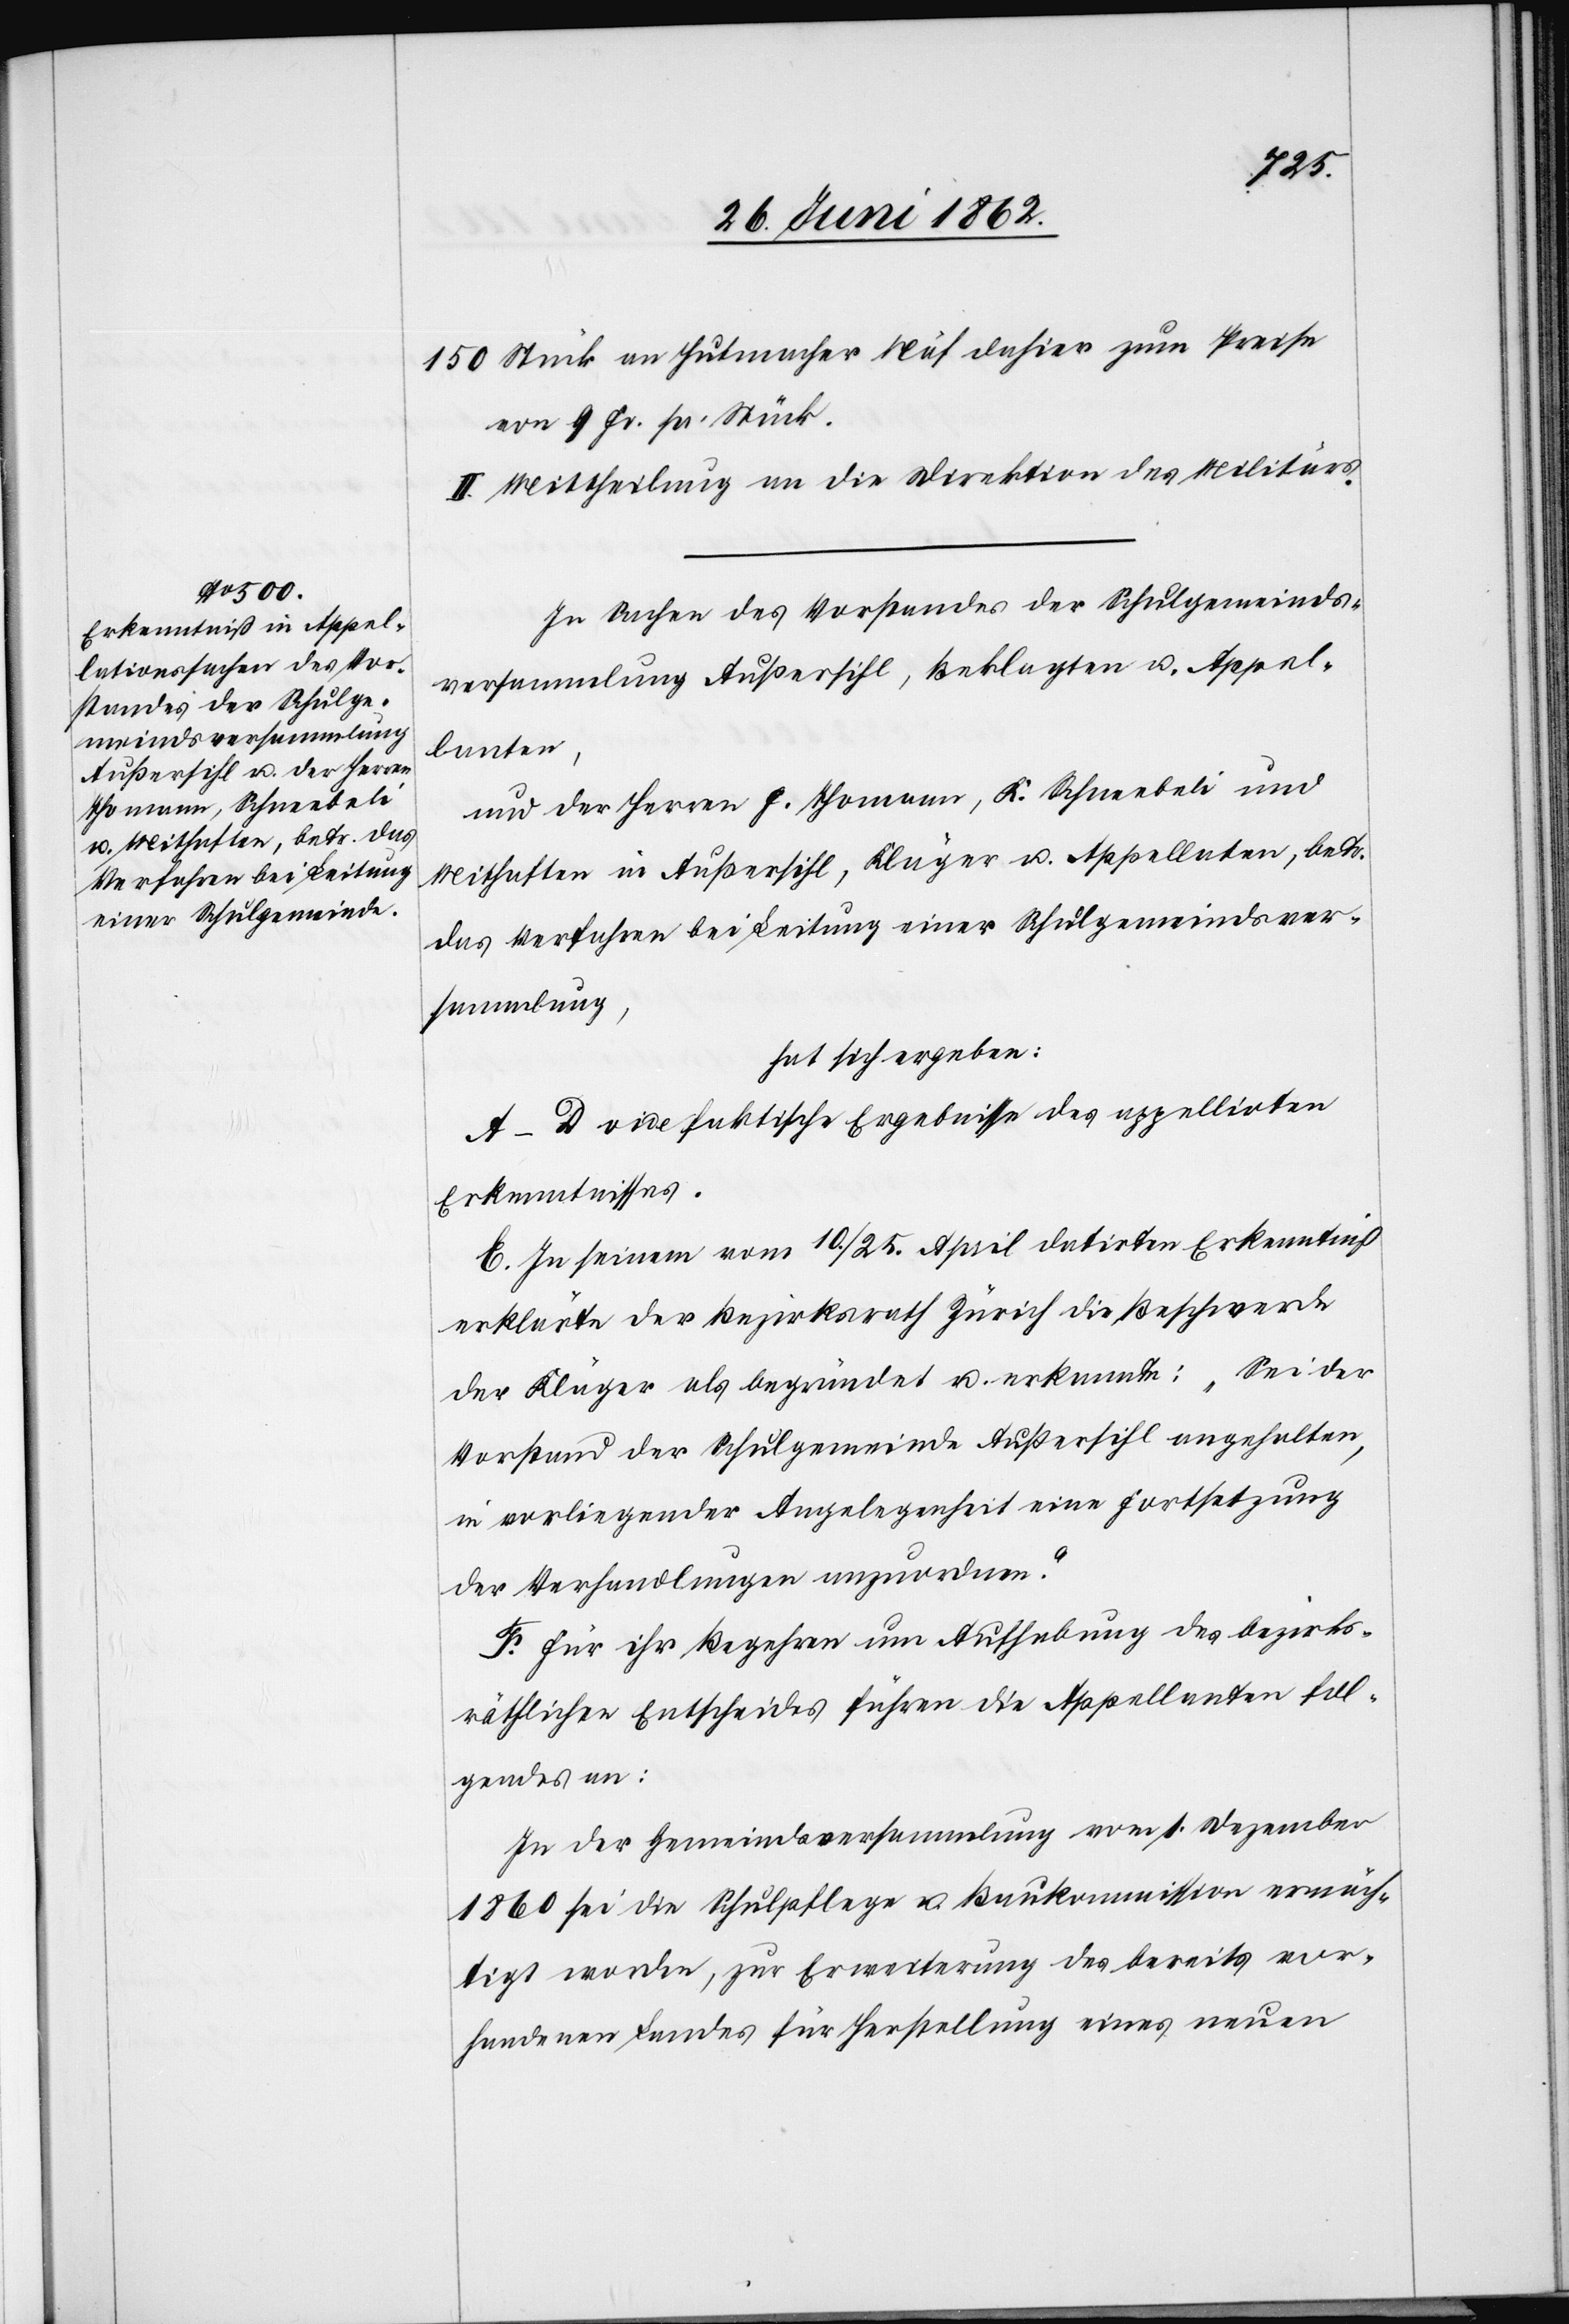
150 Stück an Hutmacher Näf dahier zum Preise
von 9 Fr. pr. Stück.
II. Mittheilung an die Direktion des Militärs.
In Sachen des Vorstandes der Schulgemeinds¬
versammlung Außersihl, Beklagten u. Appel¬
lanten,
und der Herren F. Thomann, K. Schneebeli und
Mithaften in Außersihl, Kläger u. Appellaten, betr.
das Verfahren bei Leitung einer Schulgemeindsver¬
sammlung,
hat sich ergeben:
A–D vide faktische Ergebnisse des appellirten
Erkenntnisses.
E. In seinem vom 10./25. April datirten Erkenntniß
erklärte der Bezirksrath Zürich die Beschwerde
der Kläger als begründet u. erkannte: „Sei der
Vorstand der Schulgemeinde Außersihl angehalten,
in vorliegender Angelegenheit eine Fortsetzung
der Verhandlungen anzuordnen.“
F. Für ihr Begehren um Aufhebung des bezirks¬
räthlichen Entscheides führen die Appellanten fol¬
gendes an:
In der Gemeindsversammlung vom 1. Dezember
1860 sei die Schulpflege u. Baukommission ermäch¬
tigt worden, zur Erweiterung des bereits vor¬
handenen Landes für Herstellung eines neuen